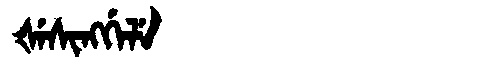
Manchu: ᡧᡝᠰᡳᠩᡤᡝᠯᡝ
Romanization: ŠESINGGELE